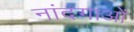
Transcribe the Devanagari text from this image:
नांदगाओं